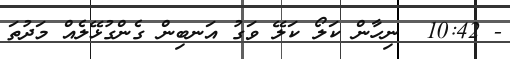
- 10:42  ނިހާން ކަލޯ ކަލޭ ވަގު އަނބިން ގެންގުޅޭލެއް މަދުތަ